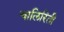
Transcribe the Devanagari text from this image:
चालिरिती